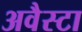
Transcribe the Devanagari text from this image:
अवैस्टा